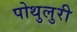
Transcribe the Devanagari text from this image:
पोथुलुरी